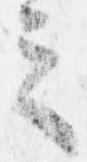
之